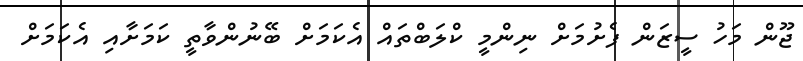
ޖޫން މަހު ސީޒަން ފެށުމަށް ނިންމީ ކްލަބްތައް އެކަމަށް ބޭނުންވާތީ ކަމަށާއި އެކަމަށް